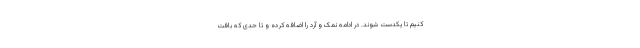
کنیم تا یکدست شوند. در ادامه نمک و آرد را اضافه کرده و تا حدی که بافت